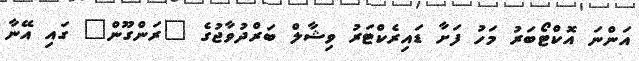
އަންނަ އޮކްޓޯބަރު މަހު ފަށާ ޑައިރެކްޓަރު ވިޝާލް ބަރްދުވާޖުގެ "ރަންގޫން" ގައި އޭނާ